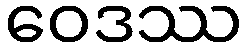
ဝေဒဿ